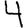
Digit: 4